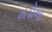
મડોના